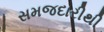
સમજદારીથી